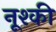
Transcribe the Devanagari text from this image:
नूश्की